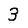
Digit: 3